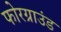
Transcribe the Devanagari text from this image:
फोरग्राउंड